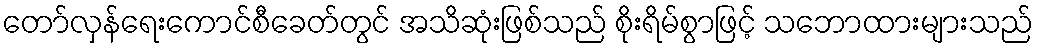
တော်လှန်ရေးကောင်စီခေတ်တွင် အသိဆုံးဖြစ်သည် စိုးရိမ်စွာဖြင့် သဘောထားများသည်